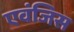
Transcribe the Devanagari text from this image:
एवंजिस